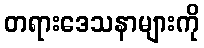
တရားဒေသနာများကို